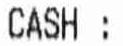
CASH: